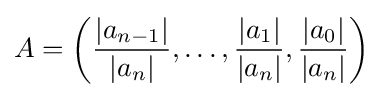
A=\left({\frac {|a_{n-1}|}{|a_{n}|}},\ldots ,{\frac {|a_{1}|}{|a_{n}|}},{\frac {|a_{0}|}{|a_{n}|}}\right)